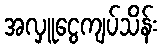
အလှူငွေကျပ်သိန်း